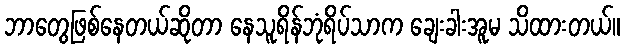
ဘာတွေဖြစ်နေတယ်ဆိုတာ နေသူရိန်ဘုံရိပ်သာက ချေးခါးအူမ သိထားတယ်။